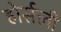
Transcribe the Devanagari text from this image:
होर्सली